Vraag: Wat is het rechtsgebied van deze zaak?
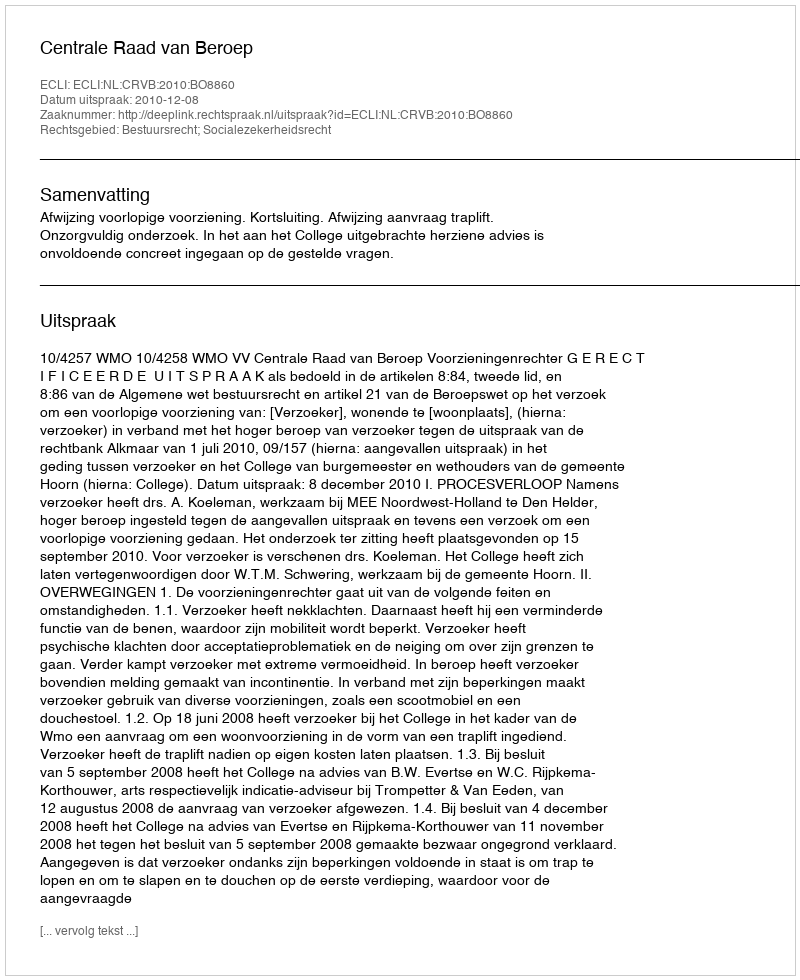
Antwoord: Bestuursrecht; Socialezekerheidsrecht